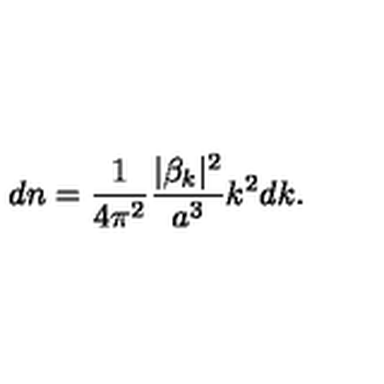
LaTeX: d n = \frac { 1 } { 4 \pi ^ { 2 } } \frac { | \beta _ { k } | ^ { 2 } } { a ^ { 3 } } k ^ { 2 } d k .